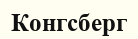
Конгсберг